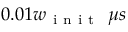
0 . 0 1 w _ { \mathrm { ~ i ~ n ~ i ~ t ~ } } \ \mu s